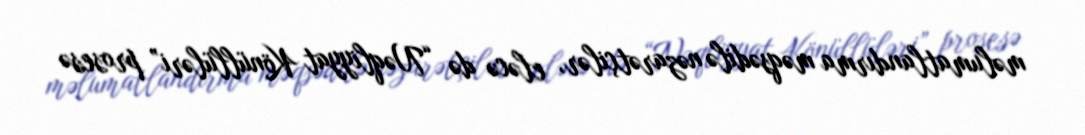
məlumatlandırma məqsədilə nəzarətçilər, eləcə də “Nəqliyyat Könüllüləri” prosesə